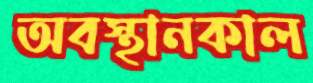
অবস্থানকাল